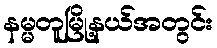
နမ္မတူမြို့နယ်အတွင်း